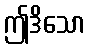
ဤဒိသော